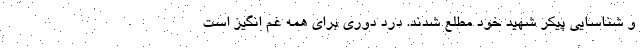
و شناسایی پیکر شهید خود مطلع شدند. درد دوری برای همه غم انگیز است